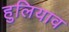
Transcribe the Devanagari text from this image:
हुलियाव